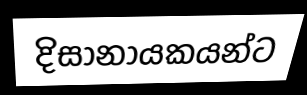
දිසානායකයන්ට